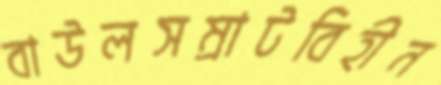
বাউলসম্রাটবিহীন